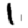
Digit: 1